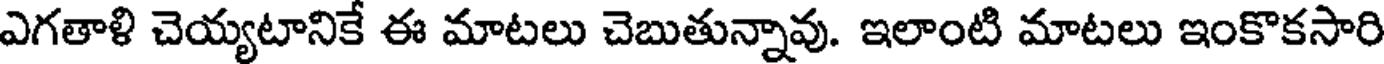
ఎగతాళి చెయ్యటానికే ఈ మాటలు చెబుతున్నావు. ఇలాంటి మాటలు ఇంకొకసారి